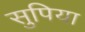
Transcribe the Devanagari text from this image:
सुपिया